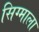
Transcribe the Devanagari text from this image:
सिग्माला